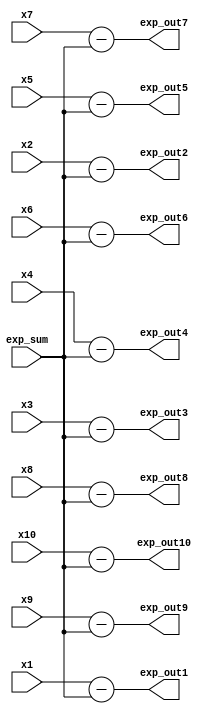
`timescale 1ns / 1ps
//////////////////////////////////////////////////////////////////////////////////
// Company: 
// Engineer: 
// 
// Design Name: 
// Module Name: subtractors_array
// Project Name: 
// Target Devices: 
// Tool Versions: 
// Description: 
// 
// Dependencies: 
// 
// Revision:
// Revision 0.01 - File Created
// Additional Comments:
// 
//////////////////////////////////////////////////////////////////////////////////


module subtractors_array(
    input [8:0] exp_sum,
    input [7:0] x1,
    input [7:0] x2,
    input [7:0] x3,
    input [7:0] x4,
    input [7:0] x5,
    input [7:0] x6,
    input [7:0] x7,
    input [7:0] x8,
    input [7:0] x9,
    input [7:0] x10,
    output reg [8:0] exp_out1,
    output reg [8:0] exp_out2,
    output reg [8:0] exp_out3,
    output reg [8:0] exp_out4,
    output reg [8:0] exp_out5,
    output reg [8:0] exp_out6,
    output reg [8:0] exp_out7,
    output reg [8:0] exp_out8,
    output reg [8:0] exp_out9,
    output reg [8:0] exp_out10
);

always @* begin
    exp_out1 = x1 - exp_sum;
    exp_out2 = x2 - exp_sum;
    exp_out3 = x3 - exp_sum;
    exp_out4 = x4 - exp_sum;
    exp_out5 = x5 - exp_sum;
    exp_out6 = x6 - exp_sum;
    exp_out7 = x7 - exp_sum;
    exp_out8 = x8 - exp_sum;
    exp_out9 = x9 - exp_sum;
    exp_out10 = x10 - exp_sum;
end
endmodule